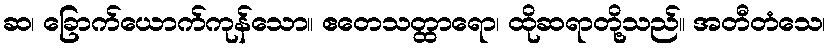
ဆ၊ ခြောက်ယောက်ကုန်သော။ ဧတေသတ္ထာရော၊ ထိုဆရာတို့သည်။ အတီတံသေ၊